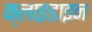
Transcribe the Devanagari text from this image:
क्लाइडाइन